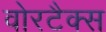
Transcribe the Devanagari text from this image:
वोरटैक्स